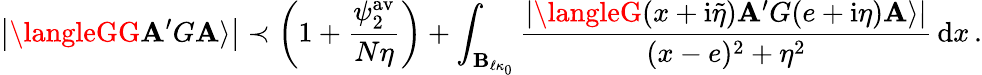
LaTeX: \left|\langleGG{\mathbf{A}^{\prime}}G\mathbf{A}\rangle\right|\prec\left(1+\frac{{\psi_{2}^{\mathrm{{av}}}}}{{N\eta}}\right)+\int_{\mathbf{{B}}_{\ell\kappa_{0}}}\frac{{\left\vert\langleG(x+\mathrm{{i}}\tilde{{\eta}})\mathbf{A}^{\prime}G(e+\mathrm{{i}}\eta)\mathbf{A}\rangle\right\vert}}{{(x-e)^{2}+\eta^{2}}}\, \mathrm{{d}}x\, .